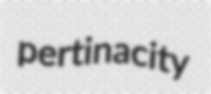
pertinacity